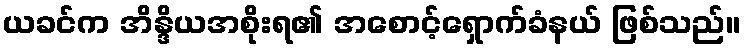
ယခင်က အိန္ဒိယအစိုးရ၏ အစောင့်ရှောက်ခံနယ် ဖြစ်သည်။